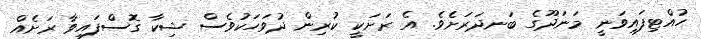
ހުއްޓިފައިވަނީ މަނަދޫގެ ބަނދަރަށެވެ. އެ ރަށަކީ ކުރިން ދުވަހަކުވެސް ޝިކާ ގޮސްފައިވާ ރަށެއް